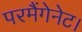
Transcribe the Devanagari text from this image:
परमैंगेनेट।